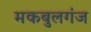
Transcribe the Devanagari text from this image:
मकबुलगंज